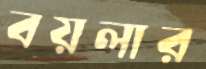
বয়লার